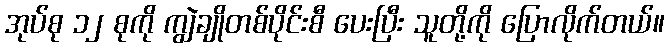
အုပ်စု ၁၂ စုကို ကျွဲချိုတစ်ပိုင်းစီ ပေးပြီး သူတို့ကို ပြောလိုက်တယ်။